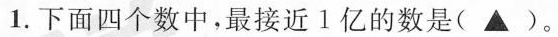
1.下面四个数中，最接近1亿的数是(▲)。